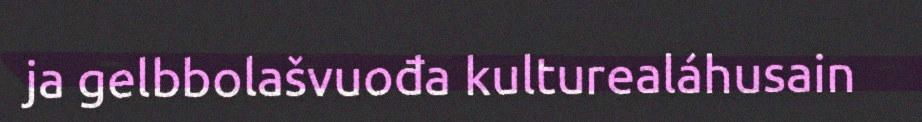
ja gelbbolašvuođa kulturealáhusain